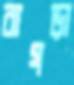
বাগড়া